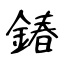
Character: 𨩃